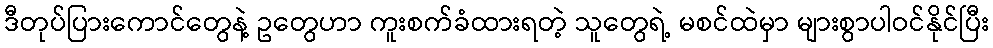
ဒီတုပ်ပြားကောင်တွေနဲ့ ဥတွေဟာ ကူးစက်ခံထားရတဲ့ သူတွေရဲ့ မစင်ထဲမှာ များစွာပါဝင်နိုင်ပြီး